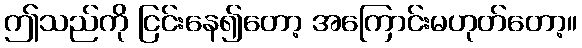
ဤသည်ကို ငြင်းနေ၍တော့ အကြောင်းမဟုတ်တော့။